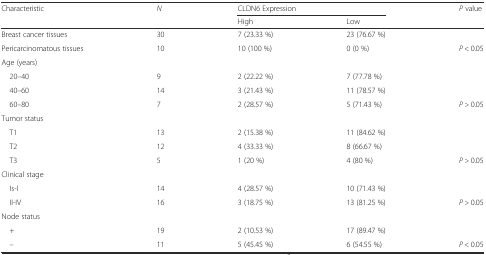
<table><thead><tr><td rowspan="2"><b>Characteristic</b></td><td rowspan="2"><b><i>N</i></b></td><td colspan="2"><b>CLDN6 Expression</b></td><td rowspan="2"><b><i>P</i> value</b></td></tr><tr><td><b>High</b></td><td><b>Low</b></td></tr></thead><tbody><tr><td>Breast cancer tissues</td><td>30</td><td>7 (23.33 %)</td><td>23 (76.67 %)</td><td></td></tr><tr><td>Pericarcinomatous tissues</td><td>10</td><td>10 (100 %)</td><td>0 (0 %)</td><td><i>P</i> &lt; 0.05</td></tr><tr><td>Age (years)</td><td></td><td></td><td></td><td></td></tr><tr><td> 20–40</td><td>9</td><td>2 (22.22 %)</td><td>7 (77.78 %)</td><td></td></tr><tr><td> 40–60</td><td>14</td><td>3 (21.43 %)</td><td>11 (78.57 %)</td><td></td></tr><tr><td> 60–80</td><td>7</td><td>2 (28.57 %)</td><td>5 (71.43 %)</td><td><i>P &gt;</i> 0.05</td></tr><tr><td>Tumor status</td><td></td><td></td><td></td><td></td></tr><tr><td> T1</td><td>13</td><td>2 (15.38 %)</td><td>11 (84.62 %)</td><td></td></tr><tr><td> T2</td><td>12</td><td>4 (33.33 %)</td><td>8 (66.67 %)</td><td></td></tr><tr><td> T3</td><td>5</td><td>1 (20 %)</td><td>4 (80 %)</td><td><i>P &gt;</i> 0.05</td></tr><tr><td>Clinical stage</td><td></td><td></td><td></td><td></td></tr><tr><td> Is-I</td><td>14</td><td>4 (28.57 %)</td><td>10 (71.43 %)</td><td></td></tr><tr><td> II-IV</td><td>16</td><td>3 (18.75 %)</td><td>13 (81.25 %)</td><td><i>P &gt;</i> 0.05</td></tr><tr><td>Node status</td><td></td><td></td><td></td><td></td></tr><tr><td> +</td><td>19</td><td>2 (10.53 %)</td><td>17 (89.47 %)</td><td></td></tr><tr><td> –</td><td>11</td><td>5 (45.45 %)</td><td>6 (54.55 %)</td><td><i>P</i> &lt; 0.05</td></tr></tbody></table>